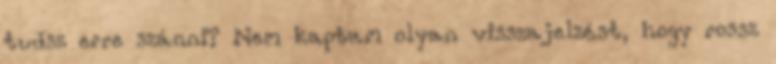
tudsz erre szánni? Nem kaptam olyan visszajelzést, hogy rossz